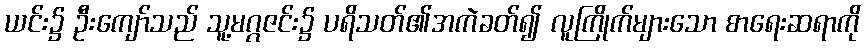
ယင်း၌ ဦးကျော်သည် သူ့မဂ္ဂဇင်း၌ ပရိသတ်၏အကဲခတ်၍ လူကြိုက်များသော စာရေးဆရာကို